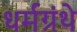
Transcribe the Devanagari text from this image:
धर्मग्रंथे